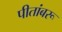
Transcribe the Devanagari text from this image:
पीतांबरू